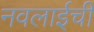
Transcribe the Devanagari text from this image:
नवलाईची